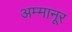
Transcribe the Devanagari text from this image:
अम्मानूर